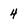
Character: 4